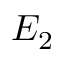
E _ { 2 }